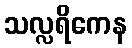
သလ္လရိကေန